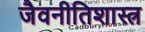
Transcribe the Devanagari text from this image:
जैवनीतिशास्त्र